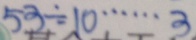
5 3 \div 1 0 \cdots 3